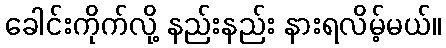
ခေါင်းကိုက်လို့ နည်းနည်း နားရလိမ့်မယ်။